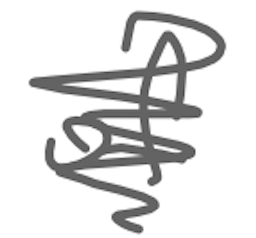
Text: of
Cross-out: scratch
Writing tool: digital_gray